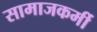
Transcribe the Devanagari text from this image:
सामाजकर्मी